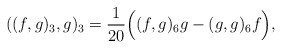
\begin{align*}((f,g)_3,g)_3=\frac{1}{20}\Bigl((f,g)_6g-(g,g)_6f\Bigr),\end{align*}